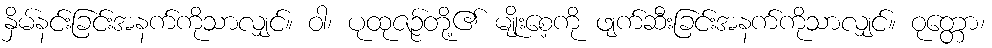
နှိမ်နင်းခြင်းအနက်ကိုသာလျှင်။ ဝါ၊ ပုထုဇဉ်တို့၏ မျိုးစေ့ကို ဖျက်ဆီးခြင်းအနက်ကိုသာလျှင်။ ဝုတ္တော၊